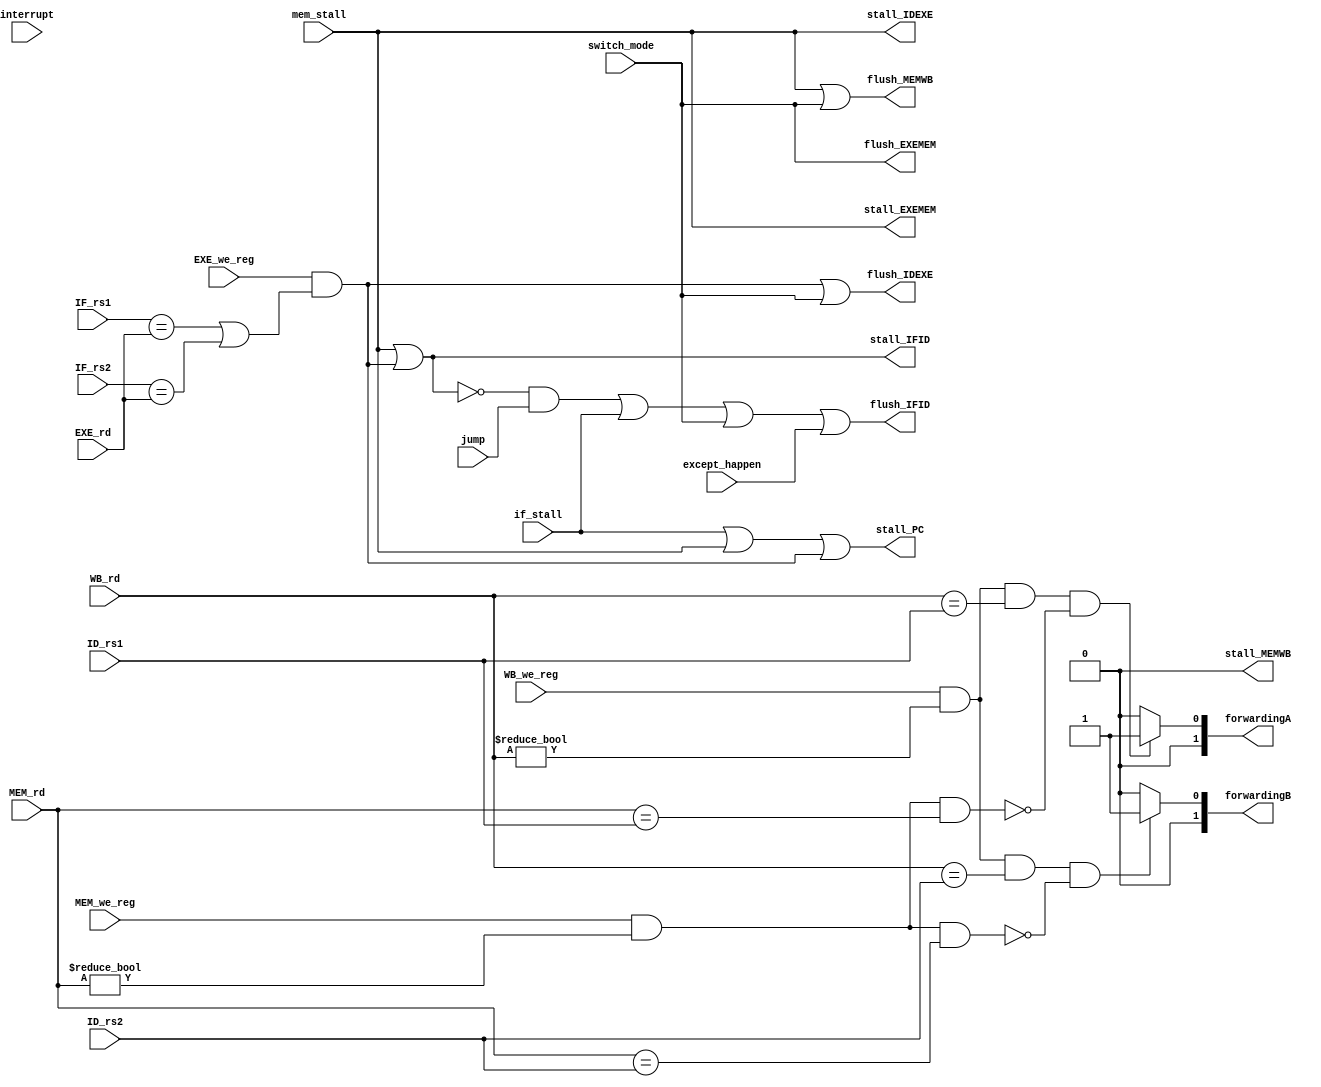
module StallUnit (
    input [4:0] IF_rs1,
    input [4:0] IF_rs2,
    input [4:0] ID_rs1,
    input [4:0] ID_rs2,
    input [4:0] EXE_rd,
    input [4:0] MEM_rd,
    input [4:0] WB_rd,
    input EXE_we_reg,
    input MEM_we_reg,
    input WB_we_reg,
    input jump,
    output wire stall_PC,
    output wire stall_IFID,
    output wire stall_IDEXE,
    output wire stall_EXEMEM,
    output wire stall_MEMWB,
    output wire flush_IFID,
    output wire flush_IDEXE,
    output wire flush_EXEMEM,
    output wire flush_MEMWB,
    output wire [1:0] forwardingA,
    output wire [1:0] forwardingB,
    input wire if_stall,
    input wire mem_stall,
    input wire switch_mode,
    input wire except_happen,
    input wire interrupt
);
    reg [1:0] ForwardingA, ForwardingB;

    always @(*) begin
        
        if (MEM_we_reg && (MEM_rd != 0) && MEM_rd == ID_rs1) ForwardingA = 2'b10;
        else ForwardingA = 0;

        if (MEM_we_reg && (MEM_rd != 0) && MEM_rd == ID_rs2) ForwardingB = 2'b10;
        else ForwardingB = 0;

        if (WB_we_reg && (WB_rd != 0) && WB_rd == ID_rs1 && 
        ~(MEM_we_reg && (MEM_rd != 0) && MEM_rd == ID_rs1)) ForwardingA = 2'b01;
        else ForwardingA = 0;

        if (WB_we_reg && (WB_rd != 0) && WB_rd == ID_rs2 && 
        ~(MEM_we_reg && (MEM_rd != 0) && MEM_rd == ID_rs2)) ForwardingB = 2'b01;
        else ForwardingB = 0;

    end

    assign stall_IFID = mem_stall | (EXE_we_reg & (IF_rs1 == EXE_rd | IF_rs2 == EXE_rd));
        
    assign stall_PC = if_stall | mem_stall | (EXE_we_reg & (IF_rs1 == EXE_rd | IF_rs2 == EXE_rd));
        
    assign flush_IDEXE = (EXE_we_reg & (IF_rs1 == EXE_rd | IF_rs2 == EXE_rd)) | switch_mode;

    assign flush_IFID = (~stall_IFID & jump) | if_stall | switch_mode | except_happen;

    assign stall_IDEXE = mem_stall;

    assign stall_EXEMEM = mem_stall;

    assign stall_MEMWB = 0;

    assign flush_EXEMEM = switch_mode;

    assign flush_MEMWB = mem_stall | switch_mode;

    assign forwardingA = ForwardingA;

    assign forwardingB = ForwardingB;

endmodule